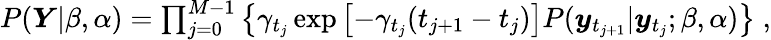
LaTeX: \begin{array}{r}{P(\boldsymbol{Y}|\beta,\alpha)=\prod_{j=0}^{M-1}\left\lbrace\gamma_{t_{j}}\exp\left[-\gamma_{t_{j}}(t_{j+1}-t_{j})\right]P(\boldsymbol{y}_{t_{j+1}}|\boldsymbol{y}_{t_{j}};\beta,\alpha)\right\rbrace\; ,}\end{array}